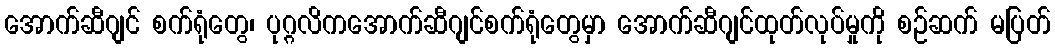
အောက်ဆီဂျင် စက်ရုံတွေ၊ ပုဂ္ဂလိကအောက်ဆီဂျင်စက်ရုံတွေမှာ အောက်ဆီဂျင်ထုတ်လုပ်မှုကို စဉ်ဆက် မပြတ်